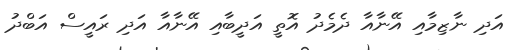
އަދި ނާޒިމާއި އޭނާއާ ދެމެދު އޮތީ އަދީބާއި އޭނާއާ އަދި ރައީސް އަބްދު